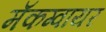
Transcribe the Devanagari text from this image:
मॅकग्वायर